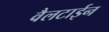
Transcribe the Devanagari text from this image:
वैलटाईन